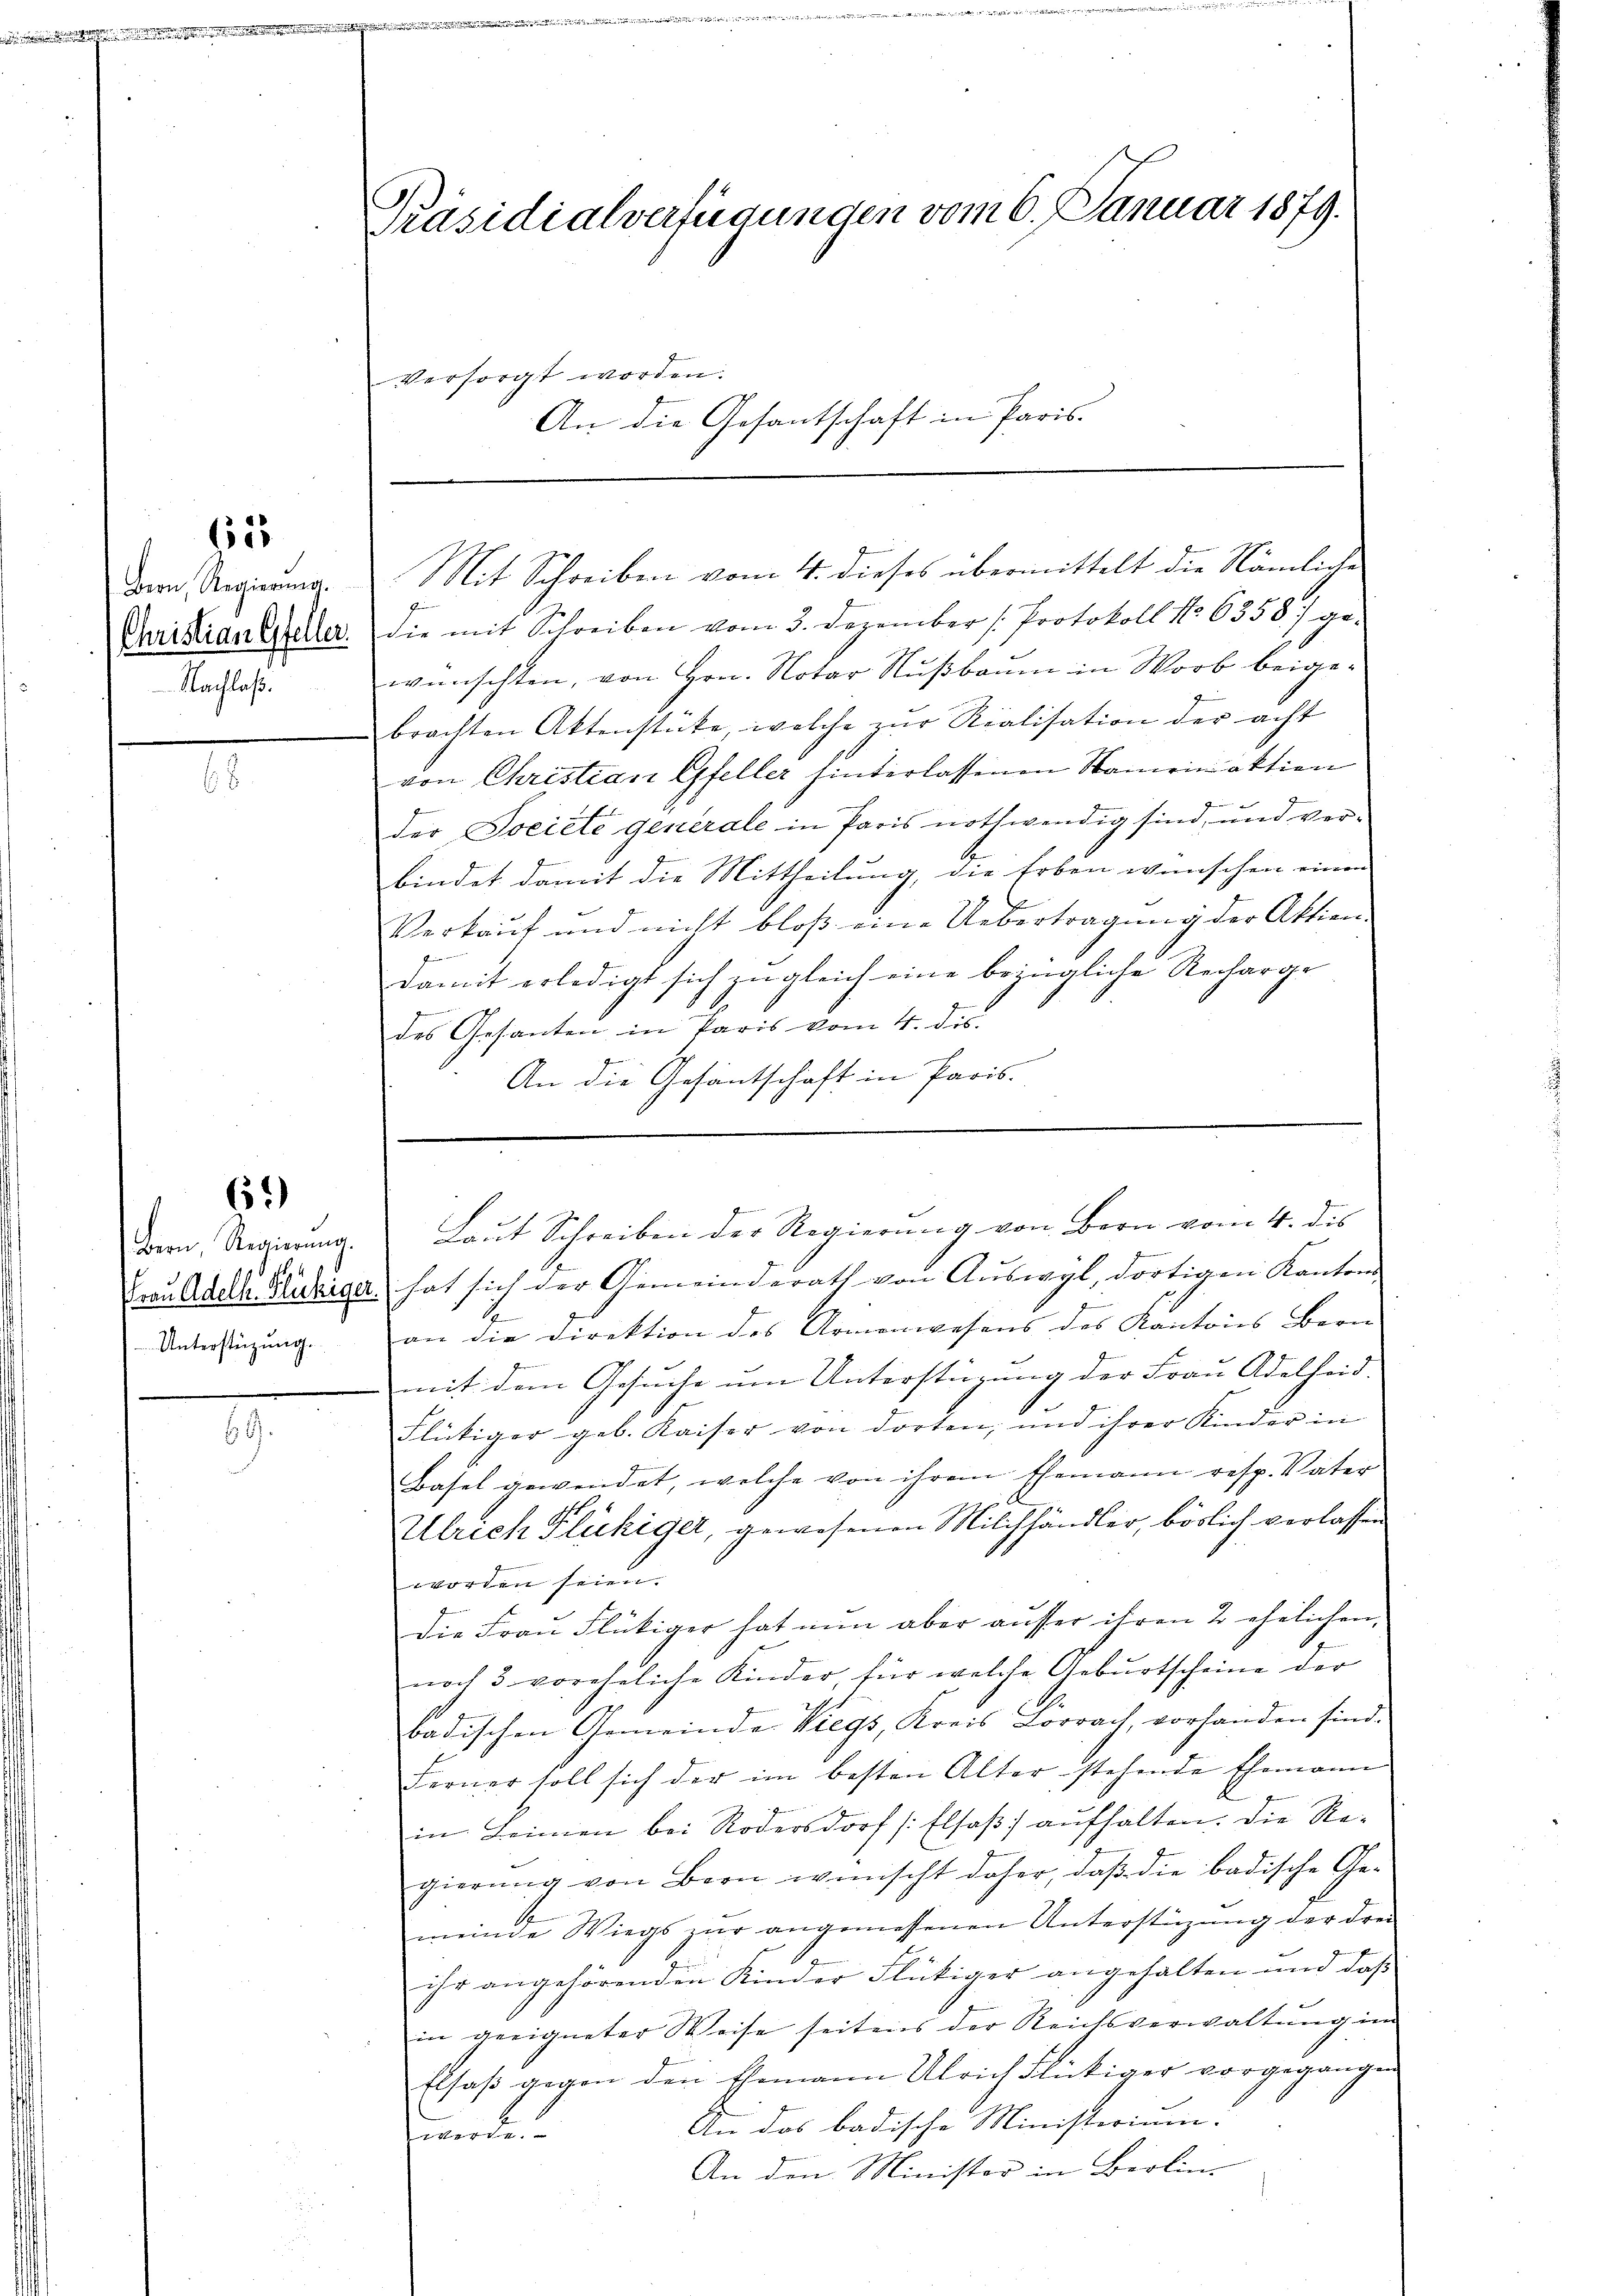
ge

Bern, Regierŭng.
Nachlaß

61)

Bern, Regierung.
Unterstüzung.

77.

Präsidialverfügungen vom 6. Januar 1879.

Mit Schreiben vom 4. dieses übermittelt die Nämliche
b
Christian Galler. die mit Schreiben vom 3. Dezember Protokoll No 65587 ge-
wünschten, von Hrn. Notar Nußbaum in Worb beigebrachten Aktenstücke, welche zŭr Rialisation der acht
von Christian Gfeller hinterlassenen Namen aktion
der Societe generale in Paris nothwendig sind, und verbindet damit die Mittheilung, die Erben wünschen einen
Verkauf und nicht bloβ eine Uebertragŭng der Aktien-
z
damit erledigt sich zugleich eine bezügliche Recharge
des Gesanten in Paris vom 4. dis.
An die Gesantschaft in Paris.

versorgt worden.

An die Gesantschaft in Paris

Frau Adels Kubica hat sich der Gemeinderath von Auswyl, dortigen Kantons
an die Direktion des Armenwesens des Kantons Bern
mit dem Gesuche um Unterstüzung der Frau Adelheid.
Flückiger geb. Kaiser von dorten, und ihrer Kinder in
Basel gewendet, welche von ihrem Ehemann resp. Vater
d
Ulrich Flüchiger, gewesenen Milchhändler, böslich verlassen
worden seien.
Die Frau Flückiger hat nun aber ausser ihren 2 ehelichen,
noch 3 voreheliche Kinder für welche Geburtscheine der
badischen Gemeinde Wiegs, Kreis Lörrach, vorhanden sind.
Ferner soll sich der im besten Alter stehende Ehemann
l
in Leinen bei Rödersdorf (Elsaß aufhalten. Die Regierung von Bern wünscht daher, daß die badische Gemeinde Wiegs zŭr angemessenen Unterstüzung der drei
ihr angehörenden Kinder Flütiger angehalten und daß
in geeigneter Weise seitens der Reichsverwaltung im
Elsaß gegen den Ehemann Ulrich Flickiger vorgegangen
An das badische Ministerium.
werden.
An den Minister in Berlin- |

g
Laut Schreiben der Regierung von Bern vom 4. dis